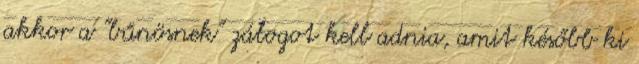
akkor a "bűnösnek" zálogot kell adnia, amit később ki